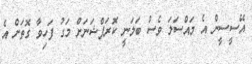
އޭސީސީން އެ މައްސަލަ ވެސް ބަލަނީ ކޮރަޕްޝަނަށް މަގު ފަހިވާ ގޮތަށް އެ